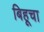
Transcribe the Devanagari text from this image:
बिहूचा